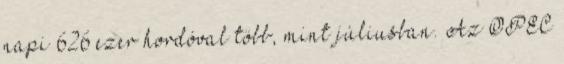
napi 626 ezer hordóval több, mint júliusban. Az OPEC